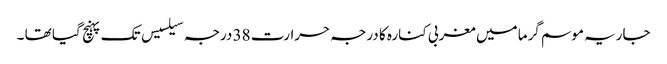
جاریہ موسم گرما میں مغربی کنارہ کا درجہ حرارت 38 درجہ سیلسیس تک پہنچ گیا تھا ۔